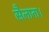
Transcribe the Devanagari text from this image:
सैलाना।